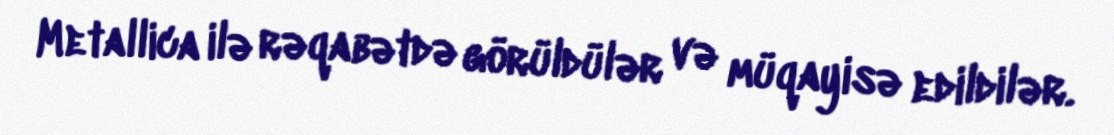
Metallica ilə rəqabətdə görüldülər və müqayisə edildilər.